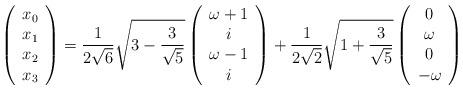
LaTeX: \begin{align*}\left( \begin{array}{c} x_0 \\ x_1 \\ x_2 \\ x_3 \end{array} \right) = \frac{1}{2\sqrt{6}}\sqrt{3-\frac{3}{\sqrt{5}}} \left ( \begin{array}{c} \omega+1 \\ i \\ \omega-1 \\ i \end{array} \right) + \frac{1}{2\sqrt{2}}\sqrt{1+\frac{3}{\sqrt{5}}} \left ( \begin{array}{c} 0 \\ \omega \\ 0 \\ -\omega \end{array} \right)\end{align*}